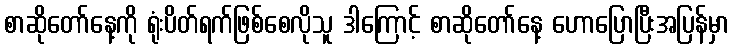
စာဆိုတော်နေ့ကို ရုံးပိတ်ရက်ဖြစ်စေလိုသူ ဒါကြောင့် စာဆိုတော်နေ့ ဟောပြောပြီးအပြန်မှာ